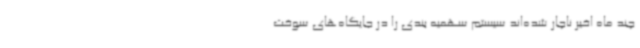
چند ماه اخیر ناچار شده‌اند سیستم سهمیه بندی را در جایگاه‌های سوخت